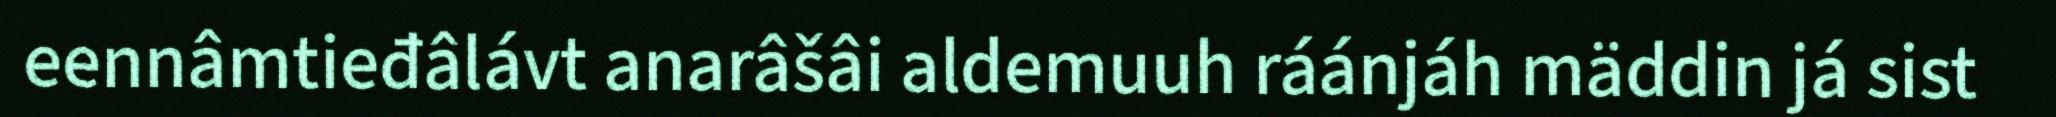
eennâmtieđâlávt anarâšâi aldemuuh ráánjáh mäddin já sist